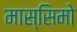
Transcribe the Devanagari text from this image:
मास्‍सिमो